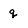
Character: q